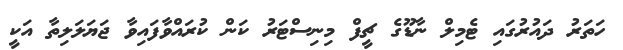
ހަތަރު ދައުރުގައި ޓެމިލް ނާޑޫގެ ޗީފް މިނިސްޓަރު ކަން ކުރައްވާފައިވާ ޖަޔަލަލިތާ އަކީ